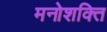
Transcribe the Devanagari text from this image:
मनोशक्ति